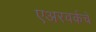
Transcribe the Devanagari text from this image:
एअरवर्कचे